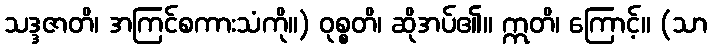
သဒ္ဒဇာတိ၊ အကြင်စကားသံကို။) ဝုစ္စတိ၊ ဆိုအပ်၏။ ဣတိ၊ ကြောင့်။ (သာ